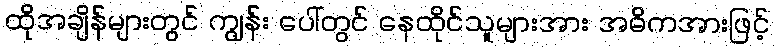
ထိုအချိန်များတွင် ကျွန်း ပေါ်တွင် နေထိုင်သူများအား အဓိကအားဖြင့်